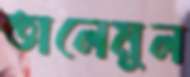
তালেমুল